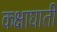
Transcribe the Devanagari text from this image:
कक्षाघाती